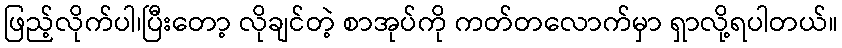
ဖြည့်လိုက်ပါ၊ပြီးတော့ လိုချင်တဲ့ စာအုပ်ကို ကတ်တလောက်မှာ ရှာလို့ရပါတယ်။